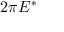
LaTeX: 2 \pi E ^ { * }